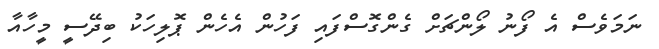
ނަމަވެސް އެ ފޯނު ލޯންޗަށް ގެންގޮސްފައި ފަހުން އެހެން ޕޮލިހަކު ބިދޭސީ މީހާއާ